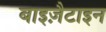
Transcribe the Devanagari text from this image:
बाइज़ैटाइन